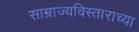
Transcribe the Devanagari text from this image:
साम्राज्यविस्ताराच्या